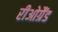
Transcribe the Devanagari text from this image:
रीओग्रैंड